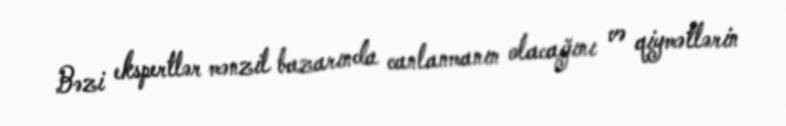
Bəzi ekspertlər mənzil bazarında canlanmanın olacağını və qiymətlərin